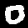
Label: 0